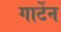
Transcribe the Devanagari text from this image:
गार्टेन